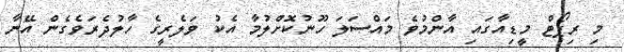
މި ރިޕޯޓް މީޑިއާގައި އާންމުވެ މައްސަލަ ހޫނުކޮށްލުމާ އެކު ވަލެރީގެ ހާލުދެރަވެގެން އޭނާ